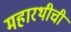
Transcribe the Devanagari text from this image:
महारथीची